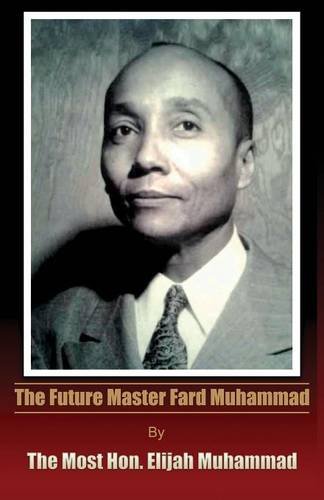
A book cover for The Future Master Fard Muhammad; Honorable Elijah Muhammad; Religion & Spirituality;